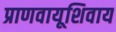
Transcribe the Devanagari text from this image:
प्राणवायूशिवाय